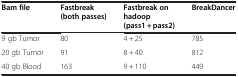
<table><thead><tr><td><b>Bam file</b></td><td><b>Fastbreak (both passes)</b></td><td><b>Fastbreak on hadoop (pass1 + pass2)</b></td><td><b>BreakDancer</b></td></tr></thead><tbody><tr><td>9 gb Tumor</td><td>80</td><td>4 + 25</td><td>785</td></tr><tr><td>20 gb Tumor</td><td>91</td><td>8 + 40</td><td>812</td></tr><tr><td>40 gb Blood</td><td>163</td><td>9 + 110</td><td>449</td></tr></tbody></table>